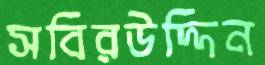
সবিরউদ্দিন